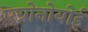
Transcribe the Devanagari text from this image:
एग्रोनोयोई